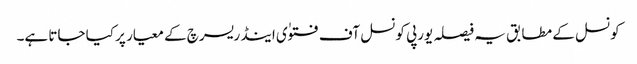
کونسل کے مطابق یہ فیصلہ یورپی کونسل آف فتوٰی اینڈ ریسرچ کے معیار پر کیا جاتا ہے۔